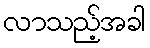
လာသည့်အခါ